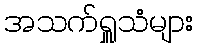
အသက်ရှူသံများ